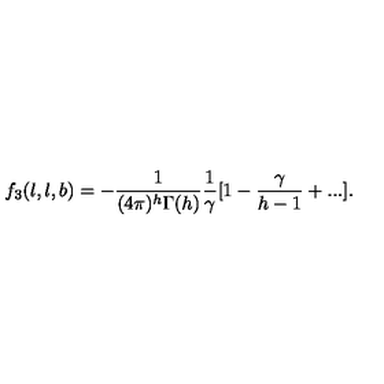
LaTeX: f _ { 3 } ( l , l , b ) = - \frac { 1 } { ( 4 \pi ) ^ { h } \Gamma ( h ) } \frac { 1 } { \gamma } [ 1 - \frac { \gamma } { h - 1 } + . . . ] .